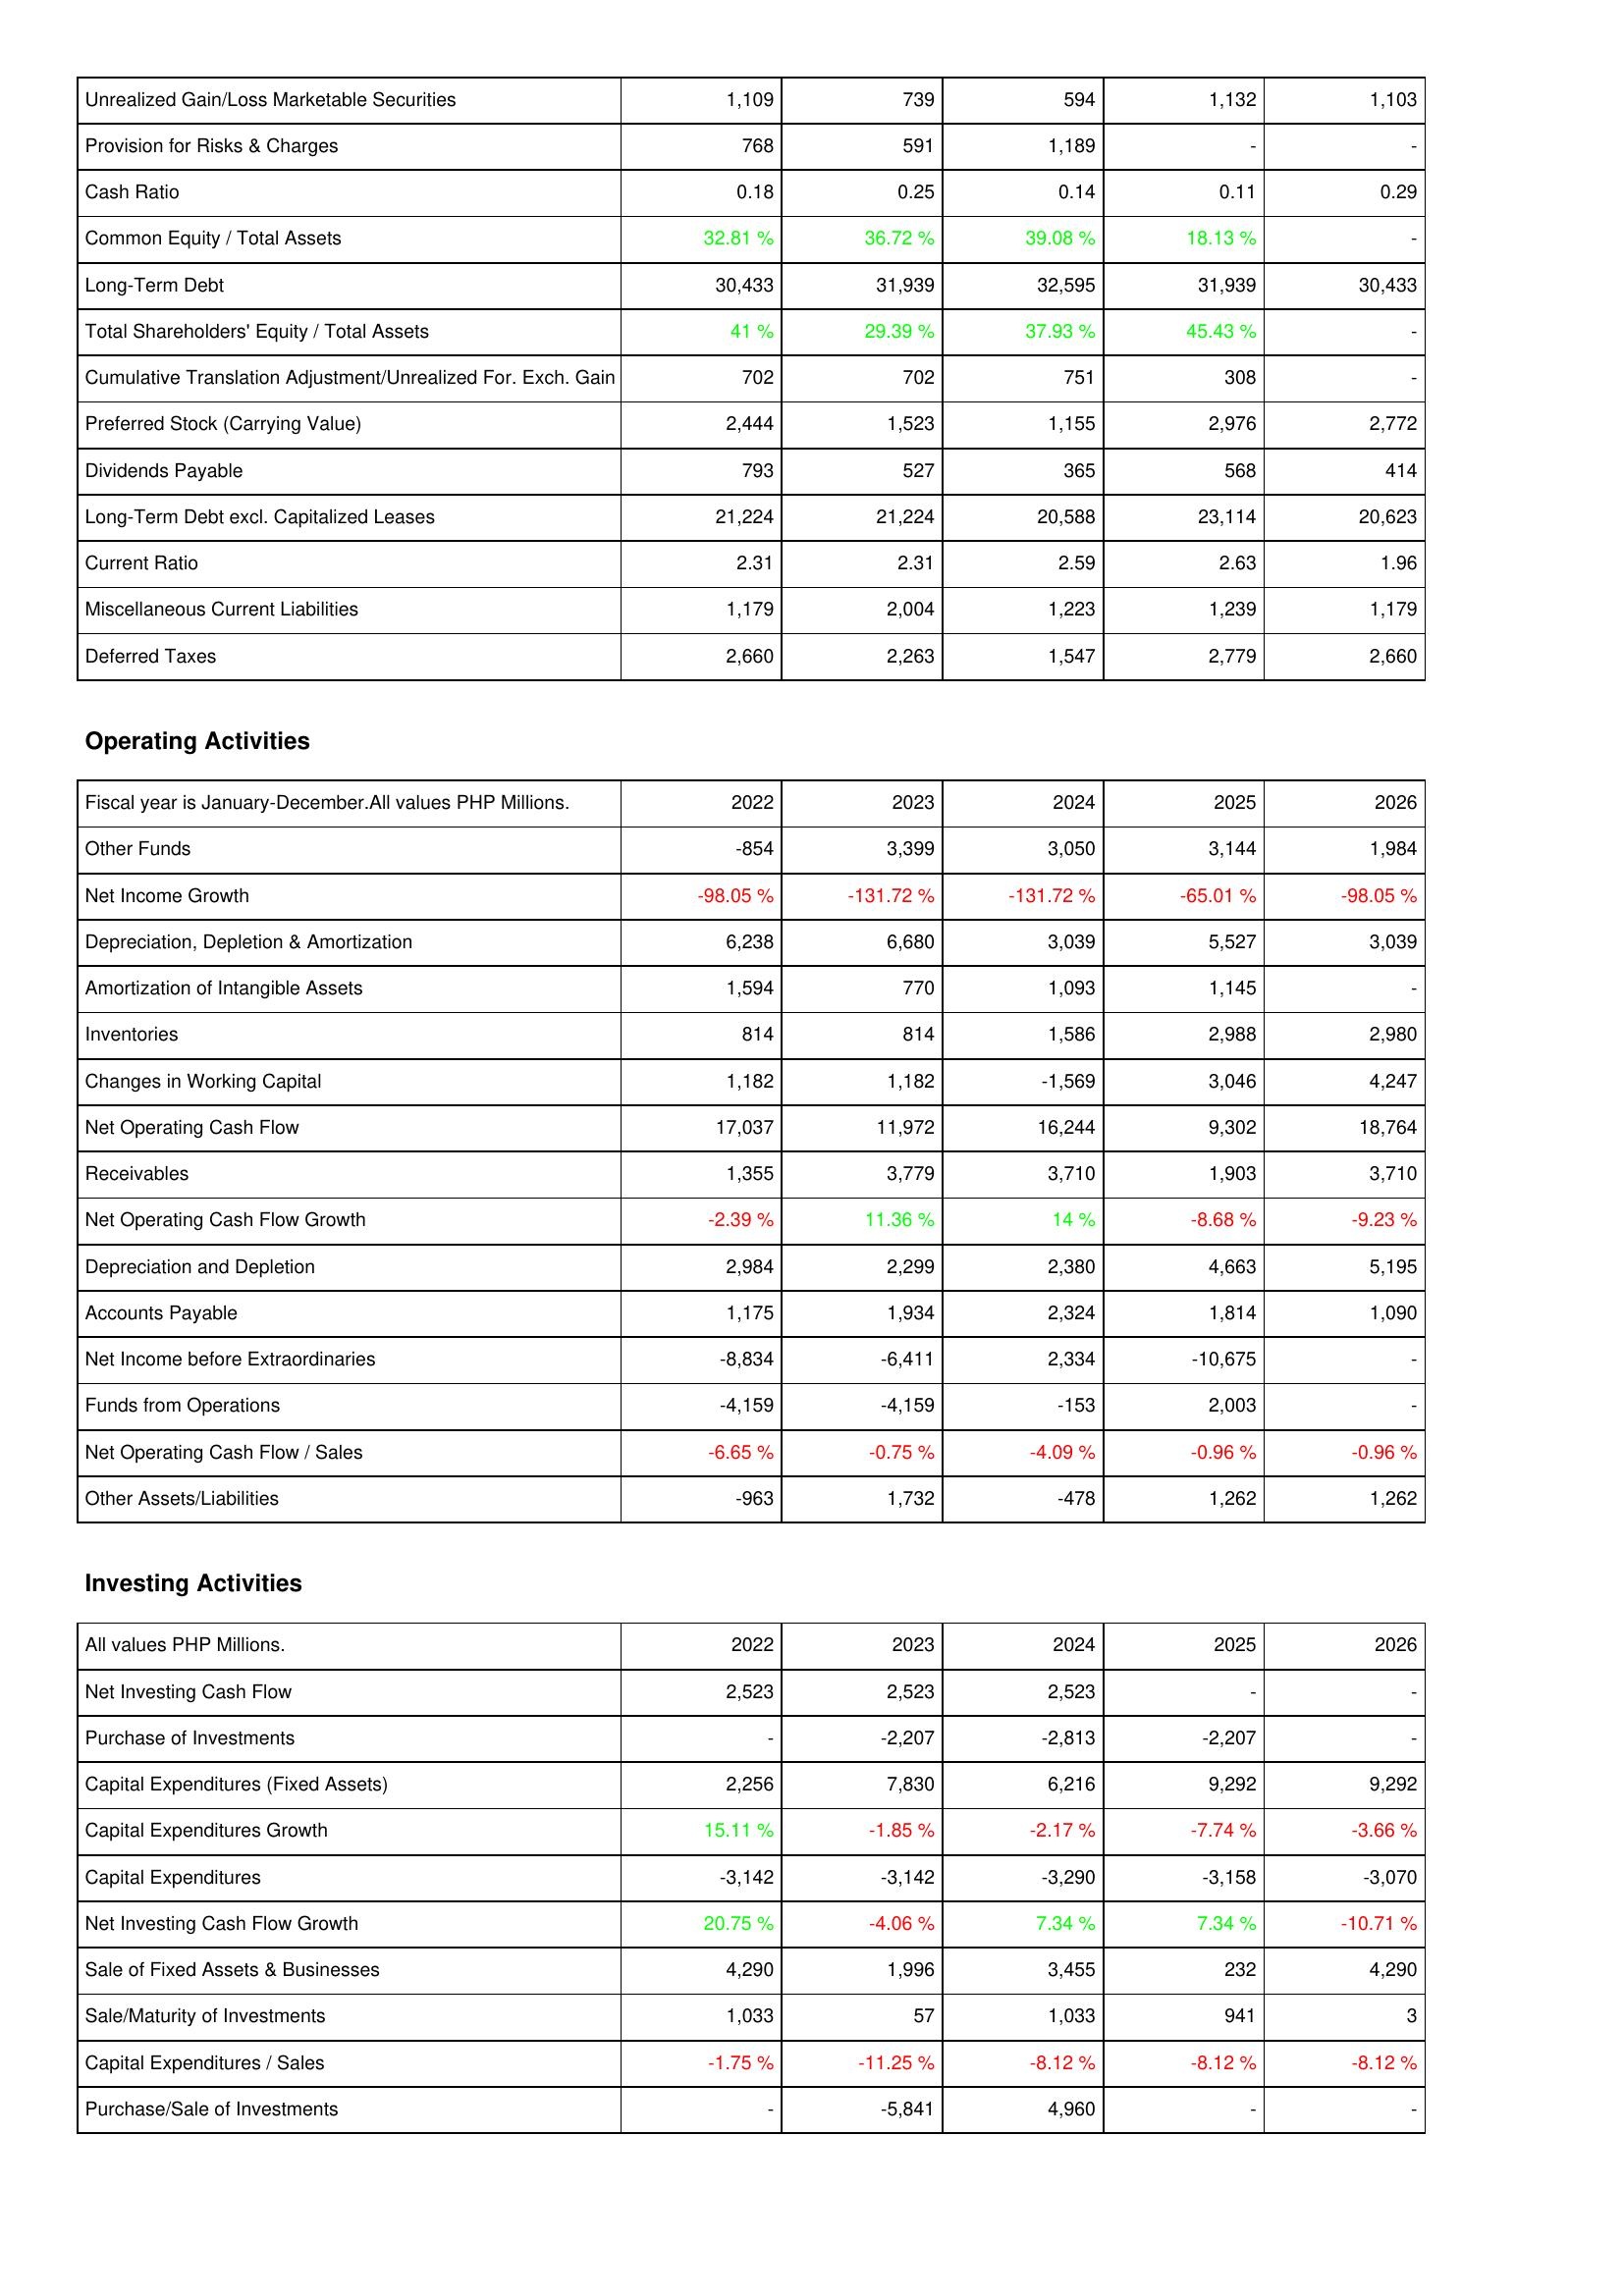
2022: Liabilities & Shareholders' Equity: Unrealized Gain/Loss Marketable Securities: 1,109
Provision for Risks & Charges: 768
Cash Ratio: 0.18
Common Equity / Total Assets: 32.81 %
Long-Term Debt: 30,433
Total Shareholders' Equity / Total Assets: 41 %
Cumulative Translation Adjustment/Unrealized For. Exch. Gain: 702
Preferred Stock (Carrying Value): 2,444
Dividends Payable: 793
Long-Term Debt excl. Capitalized Leases: 21,224
Current Ratio: 2.31
Miscellaneous Current Liabilities: 1,179
Deferred Taxes: 2,660
Operating Activities: Other Funds: -854
Net Income Growth: -98.05 %
Depreciation, Depletion & Amortization: 6,238
Amortization of Intangible Assets: 1,594
Inventories: 814
Changes in Working Capital: 1,182
Net Operating Cash Flow: 17,037
Receivables: 1,355
Net Operating Cash Flow Growth: -2.39 %
Depreciation and Depletion: 2,984
Accounts Payable: 1,175
Net Income before Extraordinaries: -8,834
Funds from Operations: -4,159
Net Operating Cash Flow / Sales: -6.65 %
Other Assets/Liabilities: -963
Investing Activities: Net Investing Cash Flow: 2,523
Purchase of Investments: -
Capital Expenditures (Fixed Assets): 2,256
Capital Expenditures Growth: 15.11 %
Capital Expenditures: -3,142
Net Investing Cash Flow Growth: 20.75 %
Sale of Fixed Assets & Businesses: 4,290
Sale/Maturity of Investments: 1,033
Capital Expenditures / Sales: -1.75 %
Purchase/Sale of Investments: -
2023: Liabilities & Shareholders' Equity: Unrealized Gain/Loss Marketable Securities: 739
Provision for Risks & Charges: 591
Cash Ratio: 0.25
Common Equity / Total Assets: 36.72 %
Long-Term Debt: 31,939
Total Shareholders' Equity / Total Assets: 29.39 %
Cumulative Translation Adjustment/Unrealized For. Exch. Gain: 702
Preferred Stock (Carrying Value): 1,523
Dividends Payable: 527
Long-Term Debt excl. Capitalized Leases: 21,224
Current Ratio: 2.31
Miscellaneous Current Liabilities: 2,004
Deferred Taxes: 2,263
Operating Activities: Other Funds: 3,399
Net Income Growth: -131.72 %
Depreciation, Depletion & Amortization: 6,680
Amortization of Intangible Assets: 770
Inventories: 814
Changes in Working Capital: 1,182
Net Operating Cash Flow: 11,972
Receivables: 3,779
Net Operating Cash Flow Growth: 11.36 %
Depreciation and Depletion: 2,299
Accounts Payable: 1,934
Net Income before Extraordinaries: -6,411
Funds from Operations: -4,159
Net Operating Cash Flow / Sales: -0.75 %
Other Assets/Liabilities: 1,732
Investing Activities: Net Investing Cash Flow: 2,523
Purchase of Investments: -2,207
Capital Expenditures (Fixed Assets): 7,830
Capital Expenditures Growth: -1.85 %
Capital Expenditures: -3,142
Net Investing Cash Flow Growth: -4.06 %
Sale of Fixed Assets & Businesses: 1,996
Sale/Maturity of Investments: 57
Capital Expenditures / Sales: -11.25 %
Purchase/Sale of Investments: -5,841
2024: Liabilities & Shareholders' Equity: Unrealized Gain/Loss Marketable Securities: 594
Provision for Risks & Charges: 1,189
Cash Ratio: 0.14
Common Equity / Total Assets: 39.08 %
Long-Term Debt: 32,595
Total Shareholders' Equity / Total Assets: 37.93 %
Cumulative Translation Adjustment/Unrealized For. Exch. Gain: 751
Preferred Stock (Carrying Value): 1,155
Dividends Payable: 365
Long-Term Debt excl. Capitalized Leases: 20,588
Current Ratio: 2.59
Miscellaneous Current Liabilities: 1,223
Deferred Taxes: 1,547
Operating Activities: Other Funds: 3,050
Net Income Growth: -131.72 %
Depreciation, Depletion & Amortization: 3,039
Amortization of Intangible Assets: 1,093
Inventories: 1,586
Changes in Working Capital: -1,569
Net Operating Cash Flow: 16,244
Receivables: 3,710
Net Operating Cash Flow Growth: 14 %
Depreciation and Depletion: 2,380
Accounts Payable: 2,324
Net Income before Extraordinaries: 2,334
Funds from Operations: -153
Net Operating Cash Flow / Sales: -4.09 %
Other Assets/Liabilities: -478
Investing Activities: Net Investing Cash Flow: 2,523
Purchase of Investments: -2,813
Capital Expenditures (Fixed Assets): 6,216
Capital Expenditures Growth: -2.17 %
Capital Expenditures: -3,290
Net Investing Cash Flow Growth: 7.34 %
Sale of Fixed Assets & Businesses: 3,455
Sale/Maturity of Investments: 1,033
Capital Expenditures / Sales: -8.12 %
Purchase/Sale of Investments: 4,960
2025: Liabilities & Shareholders' Equity: Unrealized Gain/Loss Marketable Securities: 1,132
Provision for Risks & Charges: -
Cash Ratio: 0.11
Common Equity / Total Assets: 18.13 %
Long-Term Debt: 31,939
Total Shareholders' Equity / Total Assets: 45.43 %
Cumulative Translation Adjustment/Unrealized For. Exch. Gain: 308
Preferred Stock (Carrying Value): 2,976
Dividends Payable: 568
Long-Term Debt excl. Capitalized Leases: 23,114
Current Ratio: 2.63
Miscellaneous Current Liabilities: 1,239
Deferred Taxes: 2,779
Operating Activities: Other Funds: 3,144
Net Income Growth: -65.01 %
Depreciation, Depletion & Amortization: 5,527
Amortization of Intangible Assets: 1,145
Inventories: 2,988
Changes in Working Capital: 3,046
Net Operating Cash Flow: 9,302
Receivables: 1,903
Net Operating Cash Flow Growth: -8.68 %
Depreciation and Depletion: 4,663
Accounts Payable: 1,814
Net Income before Extraordinaries: -10,675
Funds from Operations: 2,003
Net Operating Cash Flow / Sales: -0.96 %
Other Assets/Liabilities: 1,262
Investing Activities: Net Investing Cash Flow: -
Purchase of Investments: -2,207
Capital Expenditures (Fixed Assets): 9,292
Capital Expenditures Growth: -7.74 %
Capital Expenditures: -3,158
Net Investing Cash Flow Growth: 7.34 %
Sale of Fixed Assets & Businesses: 232
Sale/Maturity of Investments: 941
Capital Expenditures / Sales: -8.12 %
Purchase/Sale of Investments: -
2026: Liabilities & Shareholders' Equity: Unrealized Gain/Loss Marketable Securities: 1,103
Provision for Risks & Charges: -
Cash Ratio: 0.29
Common Equity / Total Assets: -
Long-Term Debt: 30,433
Total Shareholders' Equity / Total Assets: -
Cumulative Translation Adjustment/Unrealized For. Exch. Gain: -
Preferred Stock (Carrying Value): 2,772
Dividends Payable: 414
Long-Term Debt excl. Capitalized Leases: 20,623
Current Ratio: 1.96
Miscellaneous Current Liabilities: 1,179
Deferred Taxes: 2,660
Operating Activities: Other Funds: 1,984
Net Income Growth: -98.05 %
Depreciation, Depletion & Amortization: 3,039
Amortization of Intangible Assets: -
Inventories: 2,980
Changes in Working Capital: 4,247
Net Operating Cash Flow: 18,764
Receivables: 3,710
Net Operating Cash Flow Growth: -9.23 %
Depreciation and Depletion: 5,195
Accounts Payable: 1,090
Net Income before Extraordinaries: -
Funds from Operations: -
Net Operating Cash Flow / Sales: -0.96 %
Other Assets/Liabilities: 1,262
Investing Activities: Net Investing Cash Flow: -
Purchase of Investments: -
Capital Expenditures (Fixed Assets): 9,292
Capital Expenditures Growth: -3.66 %
Capital Expenditures: -3,070
Net Investing Cash Flow Growth: -10.71 %
Sale of Fixed Assets & Businesses: 4,290
Sale/Maturity of Investments: 3
Capital Expenditures / Sales: -8.12 %
Purchase/Sale of Investments: -